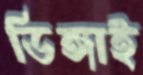
ডিঙ্গাই